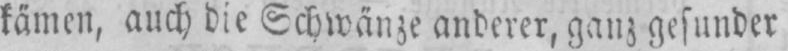
kämen, auch die Schwänze anderer, ganz gesunder